Report of the veterinary officer investigating camel disease
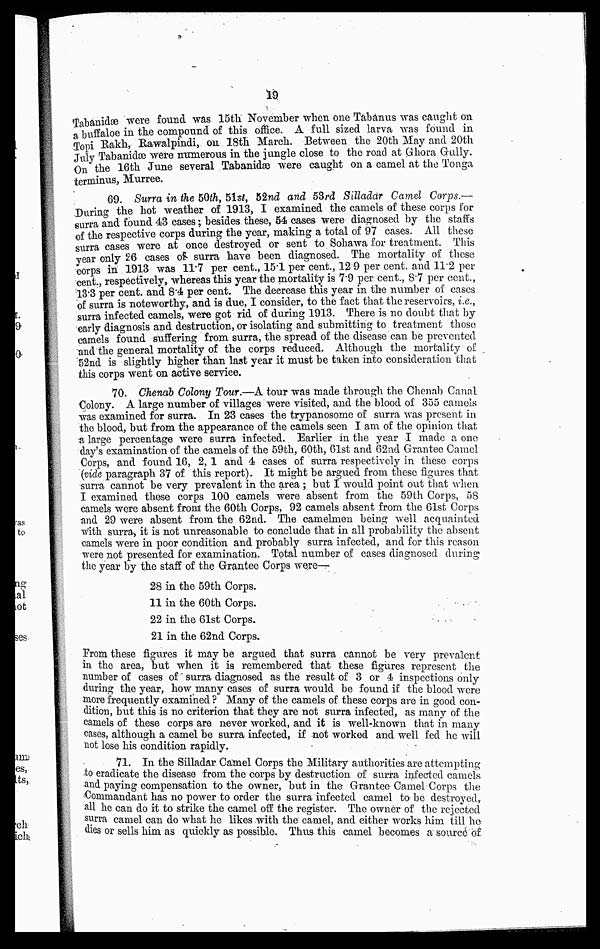
19
Tabanidæ were found was 15th November when one Tabanus was caught on
a buffaloe in the compound of this office. A full sized larva was found in
Topi Rakh, Rawalpindi, on 18th March. Between the 20th May and 20th
July Tabanidæ were numerous in the jungle close to the road at Ghora Gully.
On the 16th June several Tabanidæ were caught on a camel at the Tonga
terminus, Murree.
69. Surra in the 50th, 51st, 52nd arid 53rd Silladar Camel Corps.—
During the hot weather of 1913, I examined the camels of these corps for
surra and found 43 cases; besides these, 54 cases were diagnosed by the staffs
of the respective corps during the year, making a total of 97 cases. All these
surra cases were at once destroyed or sent to Sohawa for treatment. This
year only 26 cases of surra have been diagnosed. The mortality of these
corps in 1913 was 11.7 per cent., 15.1 per cent., 12.9 per cent. and 11.2 per
cent., respectively, whereas this year the mortality is 7.9 per cent., 8.7 per cent.,
13.3 per cent. and 8.4 per cent. The decrease this year in the number of cases
of surra is noteworthy, and is due, I consider, to the fact that the reservoirs, i.e.,
surra infected camels, were got rid of during 1913. There is no doubt that by
early diagnosis and destruction, or isolating and submitting to treatment those
camels found suffering from surra, the spread of the disease can be prevented
and the general mortality of the corps reduced. Although the mortality of
52nd is slightly higher than last year it must be taken into consideration that
this corps went on active service.
70. Chenab Colony Tour.—A tour was made through the Chennb Canal
Colony. A large number of villages were visited, and the blood of 355 camels
was examined for surra. In 23 cases the trypanosome of surra was present in
the blood, but from the appearance of the camels seen I am of the opinion that
a large percentage were surra infected. Earlier in the year I made a one
day's examination of the camels of the 59th, 60th, 6lst and 62nd Grantee Camel
Corps, and found 16, 2, 1 and 4 cases of surra respectively in these corps
(vide paragraph 37 of this report). It might be argued from these figures that
surra cannot be very prevalent in the area ; but I would point out that when
I examined these corps 100 camels were absent from the 59th Corps, 58
camels were absent from the 60th Corps, 92 camels absent from the 61st Corps
and 29 were absent from the 62nd. The camelmen being well acquainted
With surra, it is not unreasonable to conclude that in all probability the absent
camels were in poor condition and probably surra infected, and for this reason
were not presented for examination. Total number of cases diagnosed during
the year by the staff of the Grantee Corps were—
28 in the 59th Corps.
11 in the 60th Corps.
22 in the 61st Corps.
21 in the 62nd Corps.
From these figures it may be argued that surra cannot be very prevalent
in the area, but when it is remembered that these figures represent the
number of cases of surra diagnosed as the result of 3 or 4 inspections only
during the year, how many cases of surra would be found if the blood were
more frequently examined ? Many of the camels of these corps are in good con-
dition, but this is no criterion that they are not surra infected, as many of the
camels of these corps are never worked, and it is well-known that in many
cases, although a camel be surra infected, if not worked and well fed he wiil
not lose his condition rapidly.
71. In the Silladar Camel Corps the Military authorities are attempting
to eradicate the disease from the corps by destruction of surra infected camels.
and paying compensation to the owner, but in the Grantee Camel Corps the
Commandant has no power to order the surra infected camel to- be destroyed,
all he can do it to strike the camel off the register. The owner of the rejected
surra camel can do what he likes with the camel, and either works him till he
dies or sells him as quickly as possible. Thus this camel becomes a source of